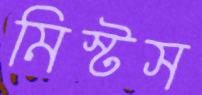
মিস্টস